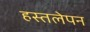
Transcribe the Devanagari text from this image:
हस्तलेपन